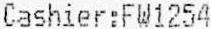
CASHIER:FW1254